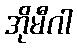
အိုမီဂါ